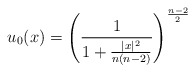
\begin{align*}u_0(x)= \left(\frac{1}{1+\frac{|x|^2}{n(n-2)}}\right)^{\frac{n-2}{2}}\end{align*}